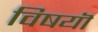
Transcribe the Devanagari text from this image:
विषयॊ